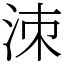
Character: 洓